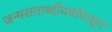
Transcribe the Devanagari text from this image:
जन्मशताब्दीवर्षापासून